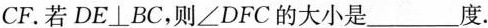
CF。若$$DE\bot BC$$，则\angle DFC的大小是___度。